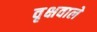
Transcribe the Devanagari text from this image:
वृक्षवाले